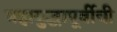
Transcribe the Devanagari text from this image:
महायुद्धापूर्वीची